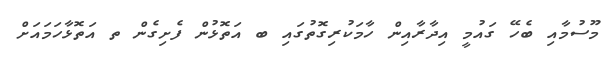
މޫސުމާއި ބެހޭ ގައުމީ އިދާރާއިން ހާމަކުރިގޮތުގައި ބ އަތޮޅުން ފެށިގެން ތ އަތޮޅާހަމައަށް